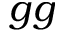
g g